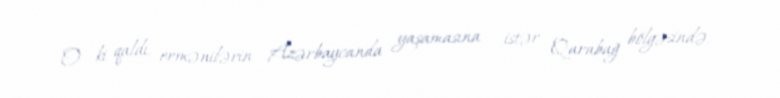
O ki qaldı, ermənilərin Azərbaycanda yaşamasına - istər Qarabağ bölgəsində,